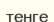
тенге